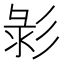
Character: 𢒚